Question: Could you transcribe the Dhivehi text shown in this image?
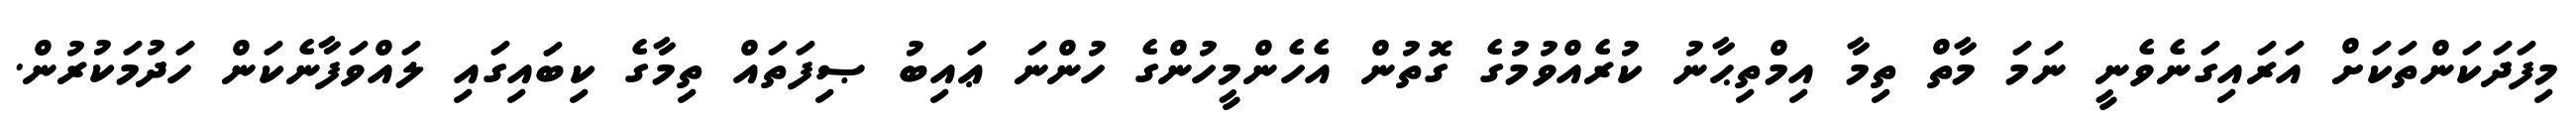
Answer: މިފަދަކަންތަކަށް އަރައިގަނެވެނީ ނަމަ މާތް ތިމާ އިމްތިޙާނު ކުރެއްވުމުގެ ގޮތުން އެހެންމީހުންގެ ހުންނަ ޢައިބު ޞިފަތައް ތިމާގެ ކިބައިގައި ލައްވަފާނެކަން ހަދުމަކުރުން.